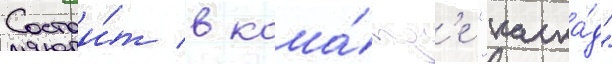
Состои́т в кома́нд'е "каска́д"